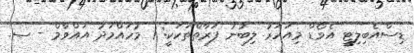
ޑިސްއެބިލިޓީ އެވޯޑް މިއަހަރު ލިބުނު ފަރާތްތަކަކީ: 1 މުހައްމަދު އައްވާމް - ސ.